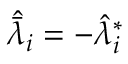
\hat { \bar { \lambda } } _ { i } = - \hat { \lambda } _ { i } ^ { * }